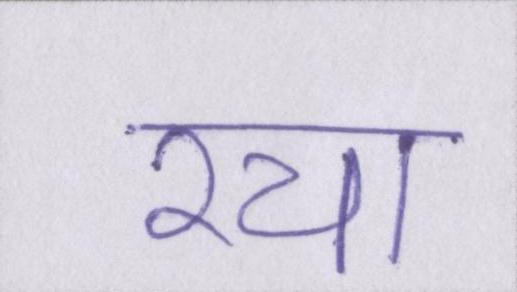
रचा